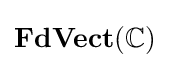
\mathbf {FdVect} (\mathbb {C} )